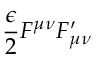
\frac { \epsilon } { 2 } F ^ { \mu \nu } F _ { \mu \nu } ^ { \prime }